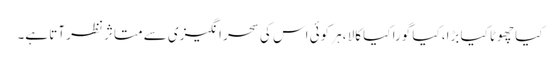
کیا چھوٹا کیا بڑا، کیا گورا کیا کالا ،ہر کوئی اس کی سحر انگیزی سے متاثر نظر آتا ہے۔